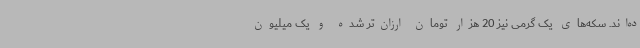
ده‌اند. سکه‌های یک گرمی نیز 20 هزار تومان ارزان‌تر شده و یک میلیون